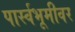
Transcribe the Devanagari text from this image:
पार्स्वभूमीवर